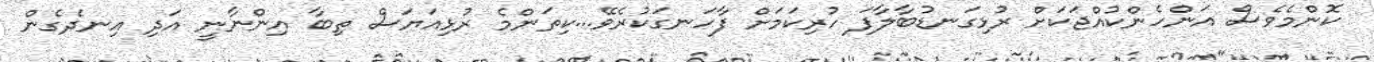
ކޮންމެވެސް އަންހެންކުއްޖަކަށް ރުޅިގަނޑުބާލާފަ ހުރިކަމަށް ފާހަނގަކުރެވޭ...ކިތަންމެ ރުޅިއަޔަސް ތިބާ އިންނާނީ އަދި އިނދެގެން